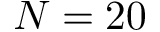
N = 2 0